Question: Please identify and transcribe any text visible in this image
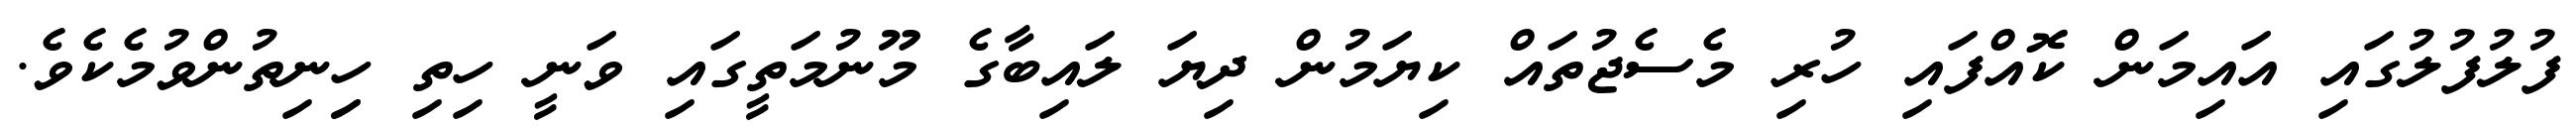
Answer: ފުލުފުލުގައި އައިމަން ކޮއްފައި ހުރި މެސެޖުތައް ކިޔަމުން ދިޔަ ލައިބާގެ މޫނުމަތީގައި ވަނީ ހިތި ހިިނިތުންވުމެކެވެ.